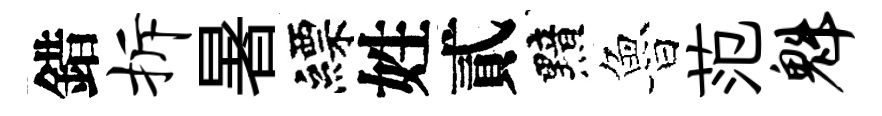
錯拆暑縹姓貳黯魯范魁